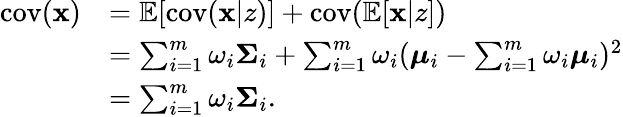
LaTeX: \begin{array}{rl}{\mathrm{cov}(\mathbf{x})}&{=\mathbb{E}[\mathrm{cov}(\mathbf{x}\vert z)]+\mathrm{cov}(\mathbb{E}[\mathbf{x}\vert z])}\\ &{=\sum_{i=1}^{m}\omega_{i}\boldsymbol{\Sigma}_{i}+\sum_{i=1}^{m}\omega_{i}(\boldsymbol{\mu}_{i}-\sum_{i=1}^{m}\omega_{i}\boldsymbol{\mu}_{i})^{2}}\\ &{=\sum_{i=1}^{m}\omega_{i}\boldsymbol{\Sigma}_{i}.}\end{array}